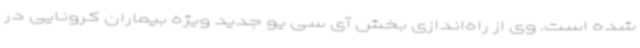
شده است. وی از راه‌اندازی بخش آی سی یو جدید ویژه بیماران کرونایی در